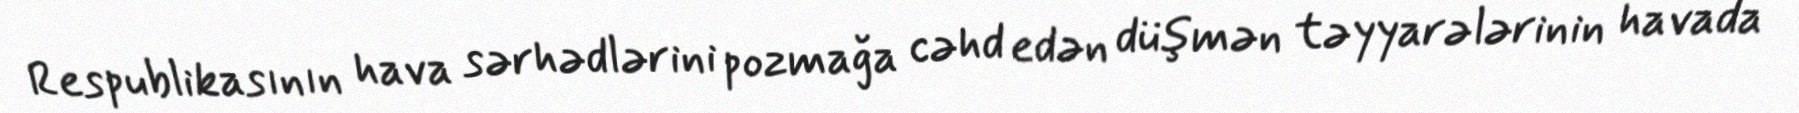
Respublikasının hava sərhədlərini pozmağa cəhd edən düşmən təyyarələrinin havada